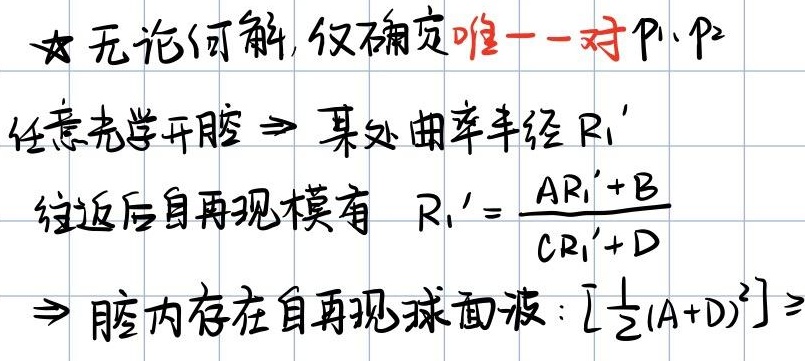
☆ 无论何解, 仅确定唯一一对 \(p_{1}、p_{2}\)
任意光学开腔 \(\Rightarrow\) 某处曲率半径 \(R_{1}'\)
往返后自再现模有 \(R_{1}'=\frac{AR_{1}'+B}{CR_{1}'+D}\)
\(\Rightarrow\) 腔内存在自再现球面波：\([\frac{1}{2}(A + D)^{2}]\geq\)